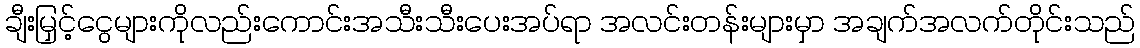
ချီးမြှင့်ငွေများကိုလည်းကောင်းအသီးသီးပေးအပ်ရာ အလင်းတန်းများမှာ အချက်အလက်တိုင်းသည်